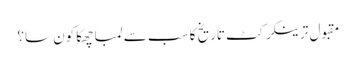
مقبول ترینکرکٹ تاریخ کا سب سے لمبا چھکا کون سا؟